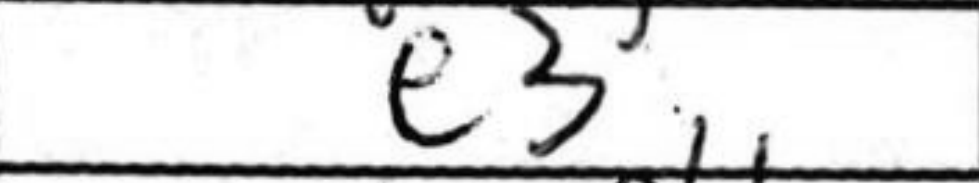
Transcription: e3